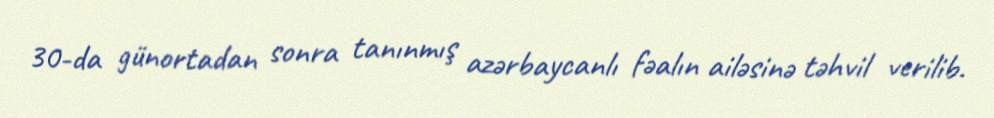
30-da günortadan sonra tanınmış azərbaycanlı fəalın ailəsinə təhvil verilib.